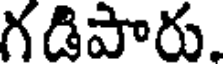
గడిపారు.